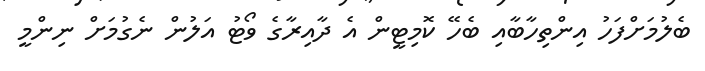
ބެލުމަށްފަހު އިންތިހާބާއި ބެހޭ ކޮމިޓީން އެ ދާއިރާގެ ވޯޓު އަލުން ނެގުމަށް ނިންމީ